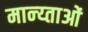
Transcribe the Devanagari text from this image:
मान्य्ताओं